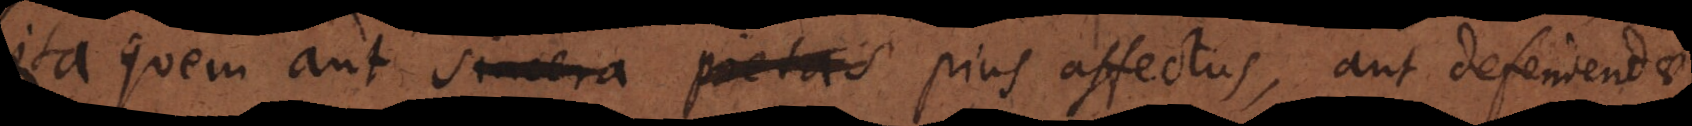
ita, quem aut sincera pietas pius affectus, aut defendendae